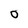
Character: O